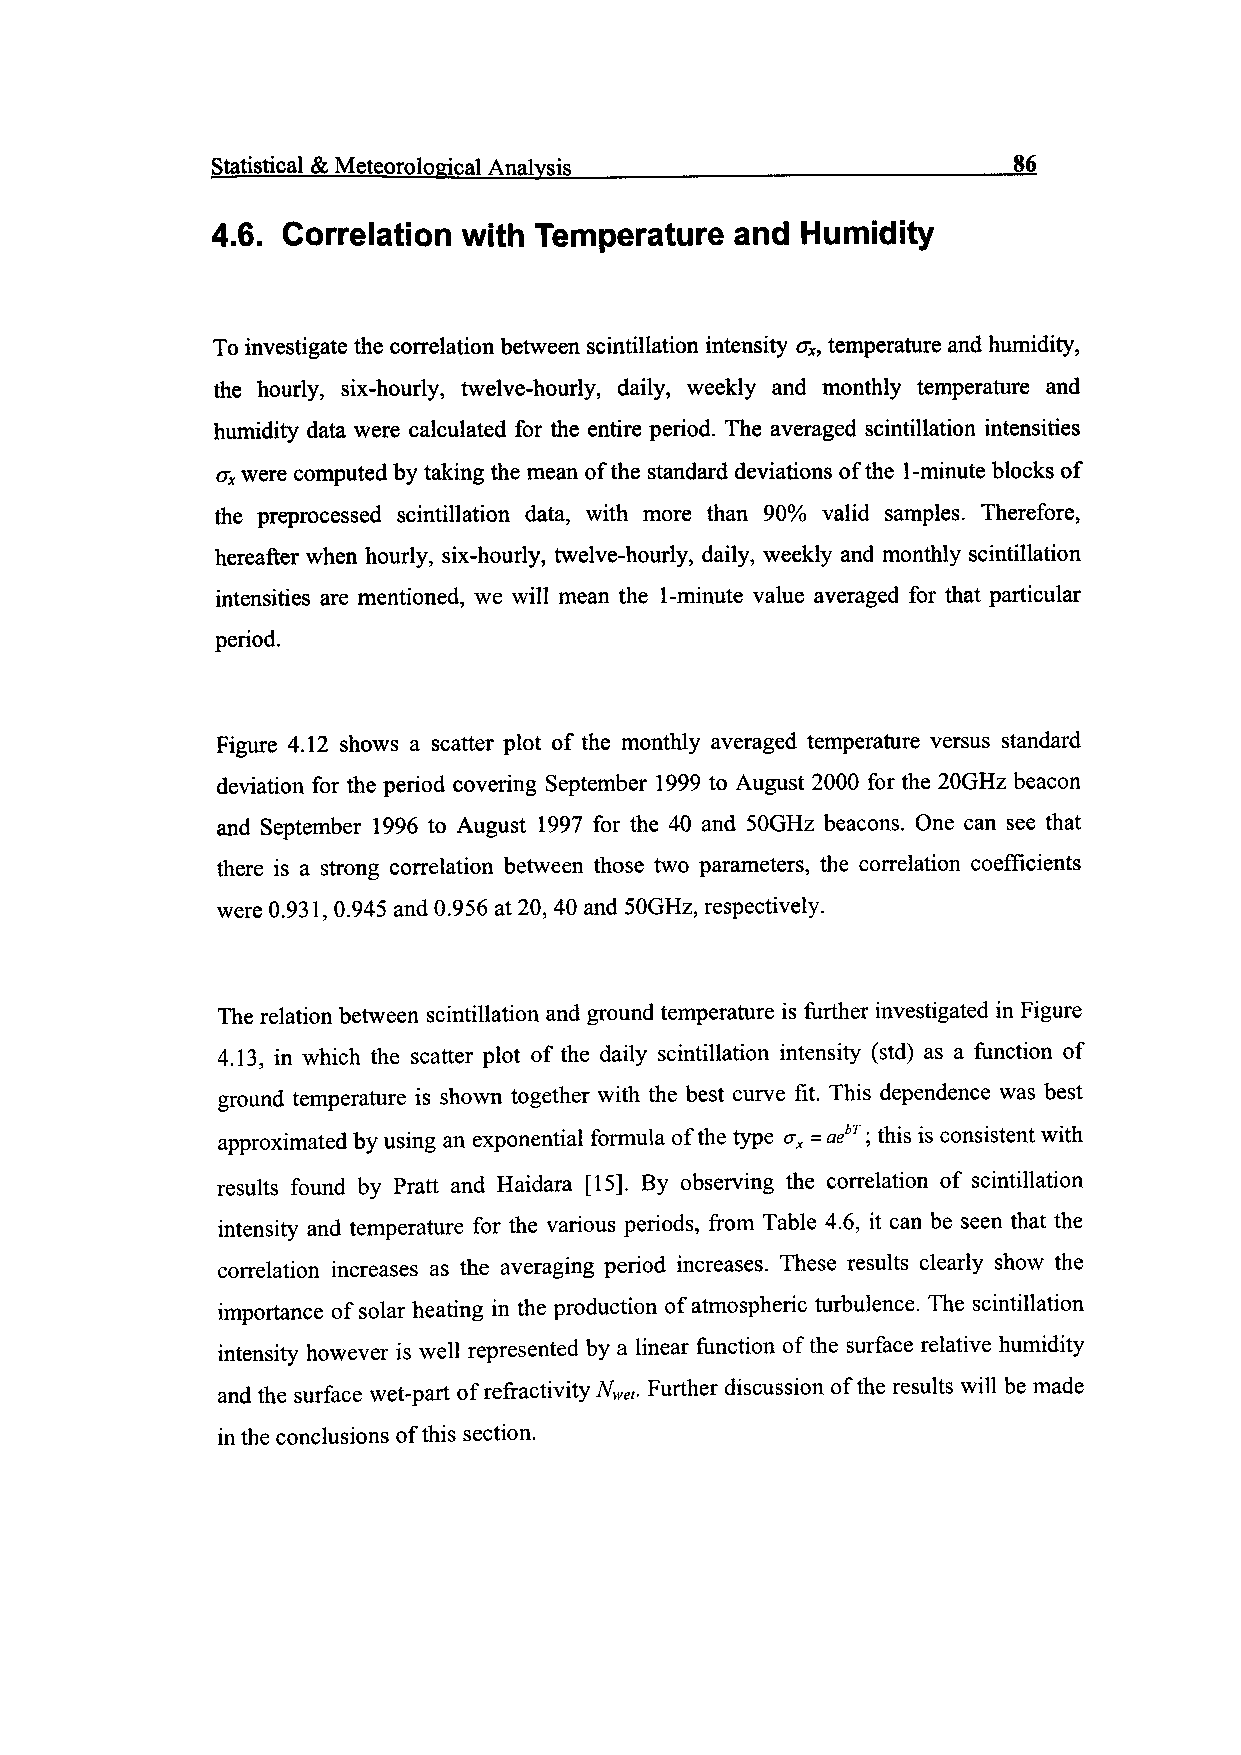
Statistical & Meteorological Analysis__________________________86
 4.6. Correlation with Temperature  and Humidity
 To investigate the correlation between scintillation intensity crx, temperature and humidity,
 the hourly, six-hourly, twelve-hourly, daily, weekly and monthly temperature and
 humidity data were calculated for the entire period. The averaged scintillation intensities
 ffx were computed by taking the mean of the standard deviations of the 1-minute blocks of
 the preprocessed scintillation data, with more than 90% valid samples. Therefore,
 hereafter when hourly, six-hourly, twelve-hourly, daily, weekly and monthly scintillation
 intensities are mentioned, we will mean the 1-minute value averaged for that particular
 period.
 Figure 4.12 shows a scatter plot of the monthly averaged temperature versus standard
 deviation for the period covering September 1999 to August 2000 for the 20GHz beacon
 and September 1996 to August 1997 for the 40 and SOGHz beacons. One can see that
 there is a strong correlation between those two parameters, the correlation coefficients
 were 0.931, 0.945 and 0.956 at 20, 40 and SOGHz, respectively.
 The relation between scintillation and ground temperature is further investigated in Figure
 4.13, in which the scatter plot of the daily scintillation intensity (std) as a function of
 ground temperature is shown together with the best curve fit. This dependence was best
 approximated by using an exponential formula of the type ax = aebT; this is consistent with
 results found by Pratt and Haidara [15]. By observing the correlation of scintillation
 intensity and temperature for the various periods, from Table 4.6, it can be seen that the
 correlation increases as the averaging period increases. These results clearly show the
 importance of solar heating in the production of atmospheric turbulence. The scintillation
 intensity however is well represented by a linear function of the surface relative humidity
 and the surface wet-part of refractivity Nwet. Further discussion of the results will be made
 in the conclusions of this section.